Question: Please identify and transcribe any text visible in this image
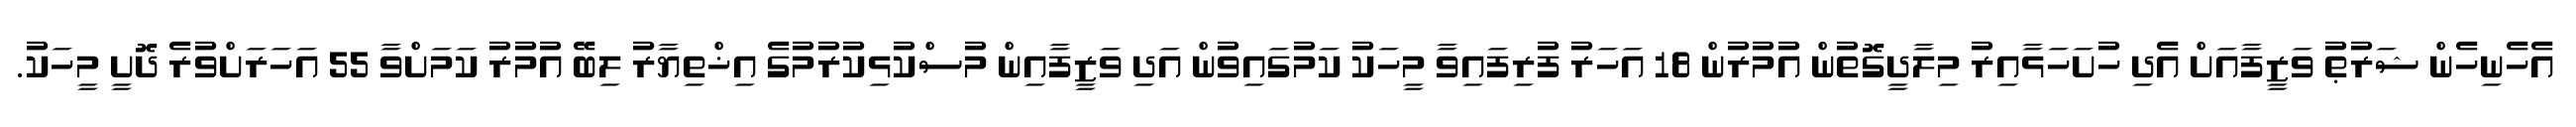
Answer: އެހެނިހެން ޝަރުޠު ވަޒީފާއަށް އެދި ހުށަހަޅާއިރު މިލާދީގޮތުން އުމުރުން 18 އަހަރު ފުރިފައިވާ މީހަކު ކަމުގައިވުން އަދި ވަޒީފާއިން މުސްކުޅިކުރުމުގެ އިޚްތިޔާރު ލިބޭ އުމުރު ކަމަށްވާ 55 އަހަރަށްވުރެ ދޮށީ މީހަކު.